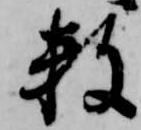
数